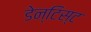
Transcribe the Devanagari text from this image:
डेन्टिस्ट